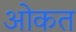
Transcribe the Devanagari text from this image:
ओकत